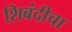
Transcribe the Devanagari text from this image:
शिबंदीचा